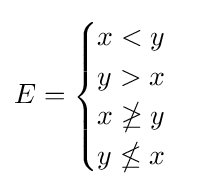
E={\begin{cases}x<y\\y>x\\x\ngeq y\\y\nleq x\end{cases}}